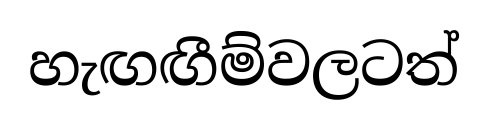
හැඟඟීම්වලටත්